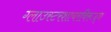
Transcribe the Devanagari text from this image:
ग्लाउस्टरशायरविरूद्ध